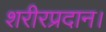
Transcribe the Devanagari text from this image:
शरीरप्रदान।